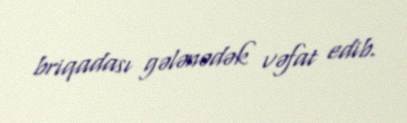
briqadası gələnədək vəfat edib.